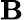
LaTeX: \boldsymbol{\textbf{B}}